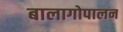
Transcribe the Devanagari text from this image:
बालागोपालन